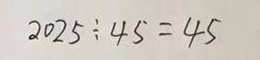
2 0 2 5 \div 4 5 = 4 5